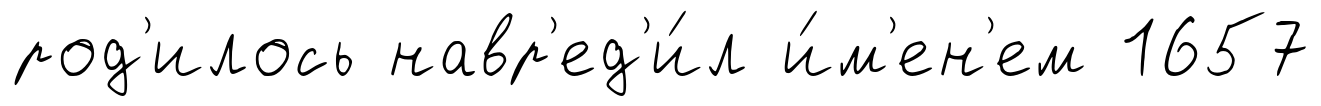
род'илось навр'ед'и́л и́м'ен'ем 1657